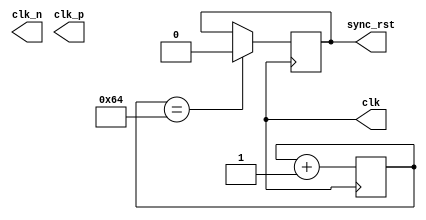
`timescale 1ns / 1ps
//////////////////////////////////////////////////////////////////////////////////
// Company: 
// Engineer: 
// 
// Design Name: 
// Module Name: clk_rst
// Project Name: 
// Target Devices: 
// Tool Versions: 
// Description: 
// 
// Dependencies: 
// 
// Revision:
// Revision 0.01 - File Created
// Additional Comments:
// 
//////////////////////////////////////////////////////////////////////////////////


module sim_clk_gen(
    clk,
    clk_n,
    clk_p,
    sync_rst
    );
    parameter CLOCK_PERIOD = 5;
    parameter INITIAL_RESET_CLOCK_CYCLES = 100;
    parameter RESET_POLARITY = 1;
    output reg clk;
    output reg clk_n;
    output reg clk_p;
    output reg sync_rst;
    reg rst_trigger;
    reg [15:0] rst_counter;
    initial
    begin
      clk   = 1'b0;
      clk_n = 1'b1;
      clk_p = 1'b0;
      rst_trigger = 1'b0;
      rst_counter = 1'b0;
      sync_rst   = (RESET_POLARITY == 0) ? 1'b0 : 1'b1;
    end
    
    always #(CLOCK_PERIOD/2.0) clk <= ~clk;
    always #(CLOCK_PERIOD/2.0) clk_p <= ~clk_p;
    always #(CLOCK_PERIOD/2.0) clk_n  <= ~clk_n;
    
    always@(posedge clk)
    begin
       rst_counter <= rst_counter + 1;
    end
    
    always@(posedge clk)
    begin
      if (rst_counter == INITIAL_RESET_CLOCK_CYCLES)
      begin
         sync_rst <= (RESET_POLARITY == 0) ? 1'b1 : 1'b0;
      end
    end
endmodule